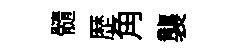
髓歴角襲